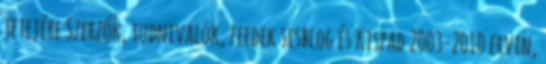
tetejére Szerzők, tudnivalók, feedek sesblog és Kispad 2003-2010 ervin,